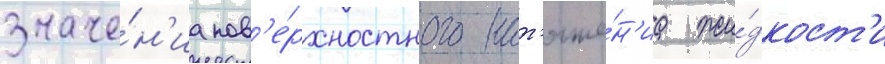
значе́н'иа пов'е́рхностного нат'яже́н'иа жи́дкост'и